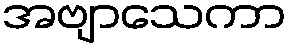
အဗျာသေကာ